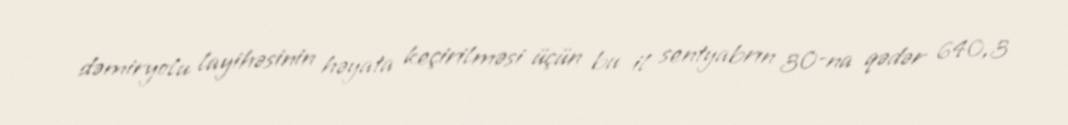
dəmiryolu layihəsinin həyata keçirilməsi üçün bu il sentyabrın 30-na qədər 640,3